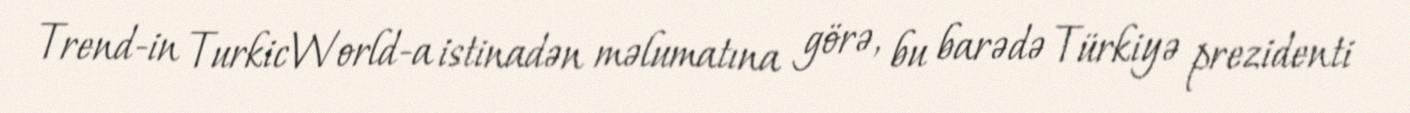
Trend-in TurkicWorld-a istinadən məlumatına görə, bu barədə Türkiyə prezidenti